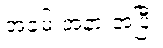
အခမ်းအနားအပြီး